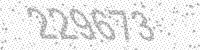
Solution: 229673